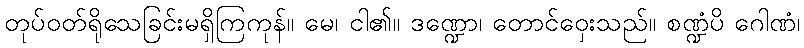
တုပ်ဝတ်ရိုသေခြင်းမရှိကြကုန်။ မေ၊ ငါ၏။ ဒဏ္ဍော၊ တောင်ဝှေးသည်။ စဏ္ဍံပိ ဂေါဏံ၊